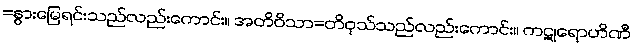
=နွားမြေရင်းသည်လည်းကောင်း။ အတိဝိသာ=တိဝုသ်သည်လည်းကောင်း။ ကဋုရောဟိဏီ